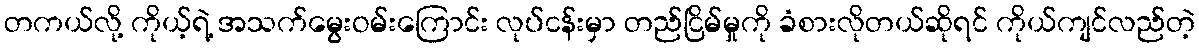
တကယ်လို့ ကိုယ့်ရဲ့ အသက်မွေးဝမ်းကြောင်း လုပ်ငန်းမှာ တည်ငြိမ်မှုကို ခံစားလိုတယ်ဆိုရင် ကိုယ်ကျင်လည်တဲ့